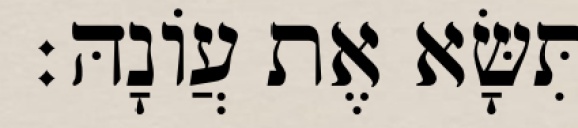
תִּשָּׂא אֶת עֲוֹנָהּ׃